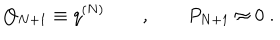
Q _ { N + 1 } \equiv q ^ { ( N ) } \qquad , \qquad P _ { N + 1 } \approx 0 \; .